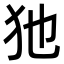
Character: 𤜣